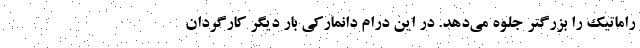
راماتیک را بزرگتر جلوه می‌دهد. در این درام دانمارکی بار دیگر کارگردان